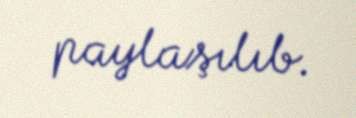
paylaşılıb.